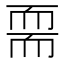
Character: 𦓔